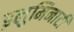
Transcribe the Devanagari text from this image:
इलुमिनाटी